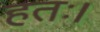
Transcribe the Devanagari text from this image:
हतः।